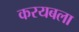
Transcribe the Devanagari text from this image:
करयबला